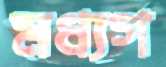
মধ্যগ